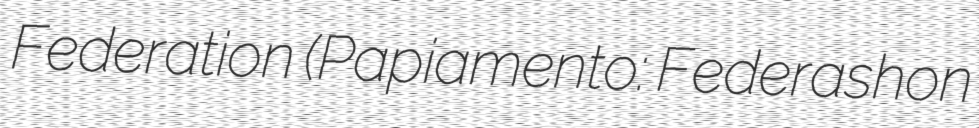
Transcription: Federation (Papiamento: Federashon